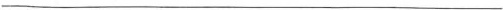
___